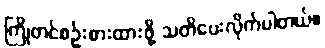
ကြိုတင်စဉ်းစားထားဖို့ သတိပေးလိုက်ပါတယ်။